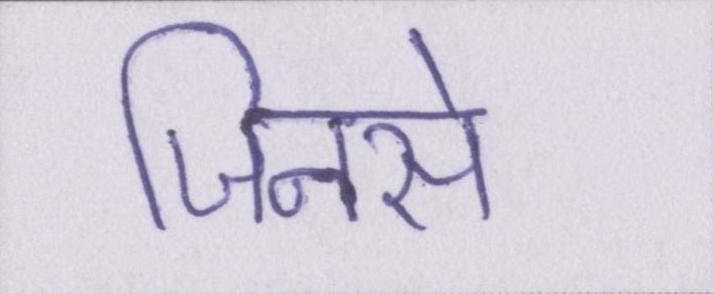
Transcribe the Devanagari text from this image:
जिनसे